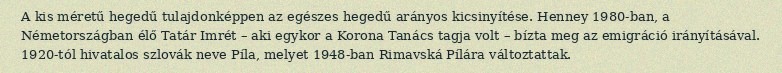
A kis méretű hegedű tulajdonképpen az egészes hegedű arányos kicsinyítése. Henney 1980-ban, a Németországban élő Tatár Imrét – aki egykor a Korona Tanács tagja volt – bízta meg az emigráció irányításával. 1920-tól hivatalos szlovák neve Píla, melyet 1948-ban Rimavská Pílára változtattak.